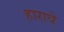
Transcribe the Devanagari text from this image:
हारावे